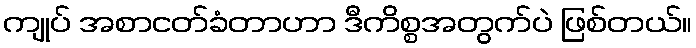
ကျုပ် အစာငတ်ခံတာဟာ ဒီကိစ္စအတွက်ပဲ ဖြစ်တယ်။